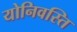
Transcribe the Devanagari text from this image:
योनिवस्ति